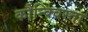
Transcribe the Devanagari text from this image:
कौन्क्विस्ता